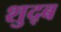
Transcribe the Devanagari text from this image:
शुद्ब